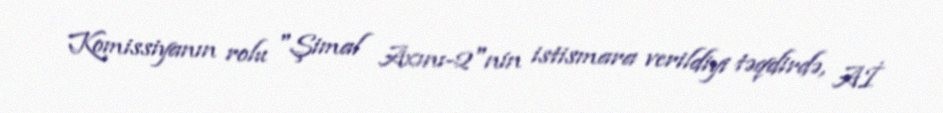
Komissiyanın rolu "Şimal Axını-2"nin istismara verildiyi təqdirdə, Aİ